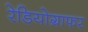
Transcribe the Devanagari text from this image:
रेडियोग्राफर